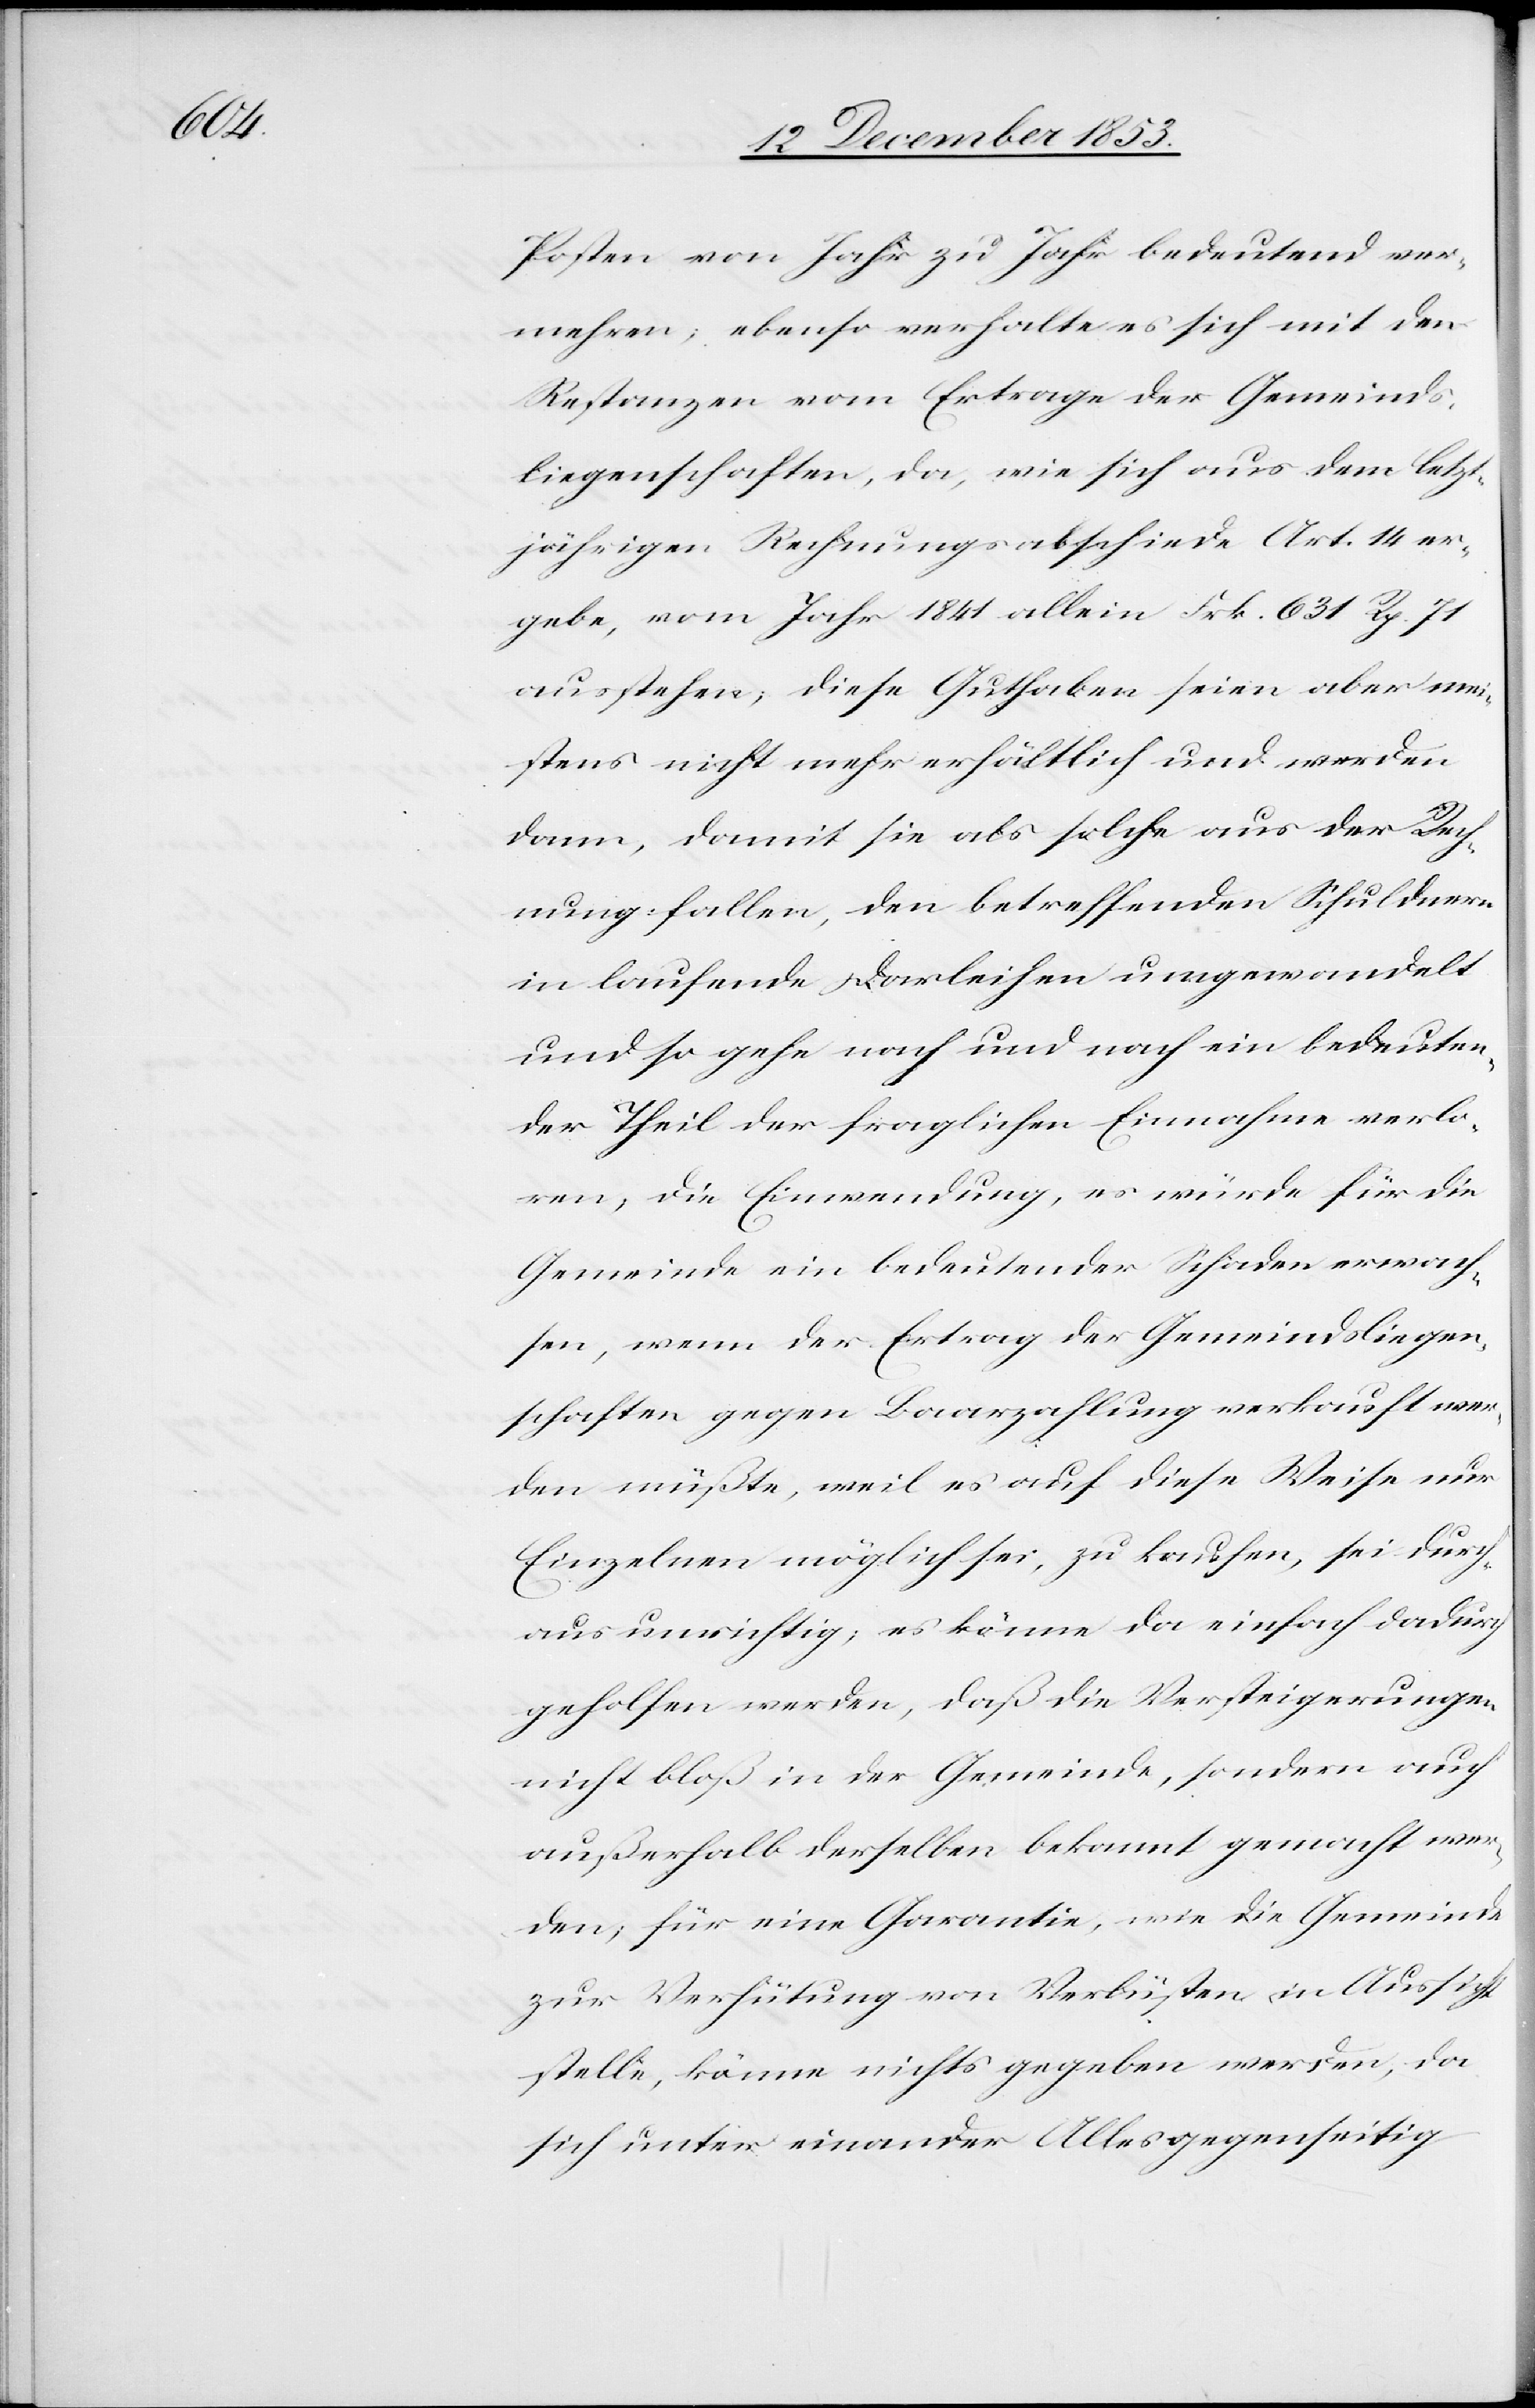
Posten von Jahr zu Jahr bedeutend ver¬
mehren; ebenso verhalte es sich mit den
Restanzen vom Ertrage der Gemeinds¬
liegenschaften, da, wie sich aus dem letzt¬
jährigen Rechnungsunterschiede Art. 14 er¬
gebe, vom Jahr 1841 allein Frk. 631 Rp. 71
ausstehen, diese Guthaben seien aber mei¬
stens nicht mehr erhältlich und werden
dann, damit sie als solche aus der Rech¬
nung fallen, den betreffenden Schuldnern
in laufende Darleihen umgewandelt
und so gehe nach und nach ein bedeuten¬
der Theil der fraglichen Einnahmen verlo¬
ren, die Einwendung, es würde für die
Gemeinde ein bedeutender Schaden erwach¬
sen, wenn der Ertrag der Gemeindsliegen¬
schaften gegen Baarzahlung verkauft wer¬
den müßte, weil es auf diese Weise nur
Einzelnen möglich sei, zu kaufen, sei durch¬
aus unrichtig, es könne da einfach dadurch
geholfen werden daß die Versteigerungen
nicht bloß in der Gemeinde, sondern auch
außerhalb derselben bekannt gemacht wer¬
den; für eine Garantie, wie die Gemeinde
zur Verhütung von Verlusten in Aussicht
stelle, könne nichts gegeben werden, da
sich unter einander Alles gegenseitig